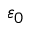
\varepsilon _ { 0 }